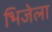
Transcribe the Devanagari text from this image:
भिजेला